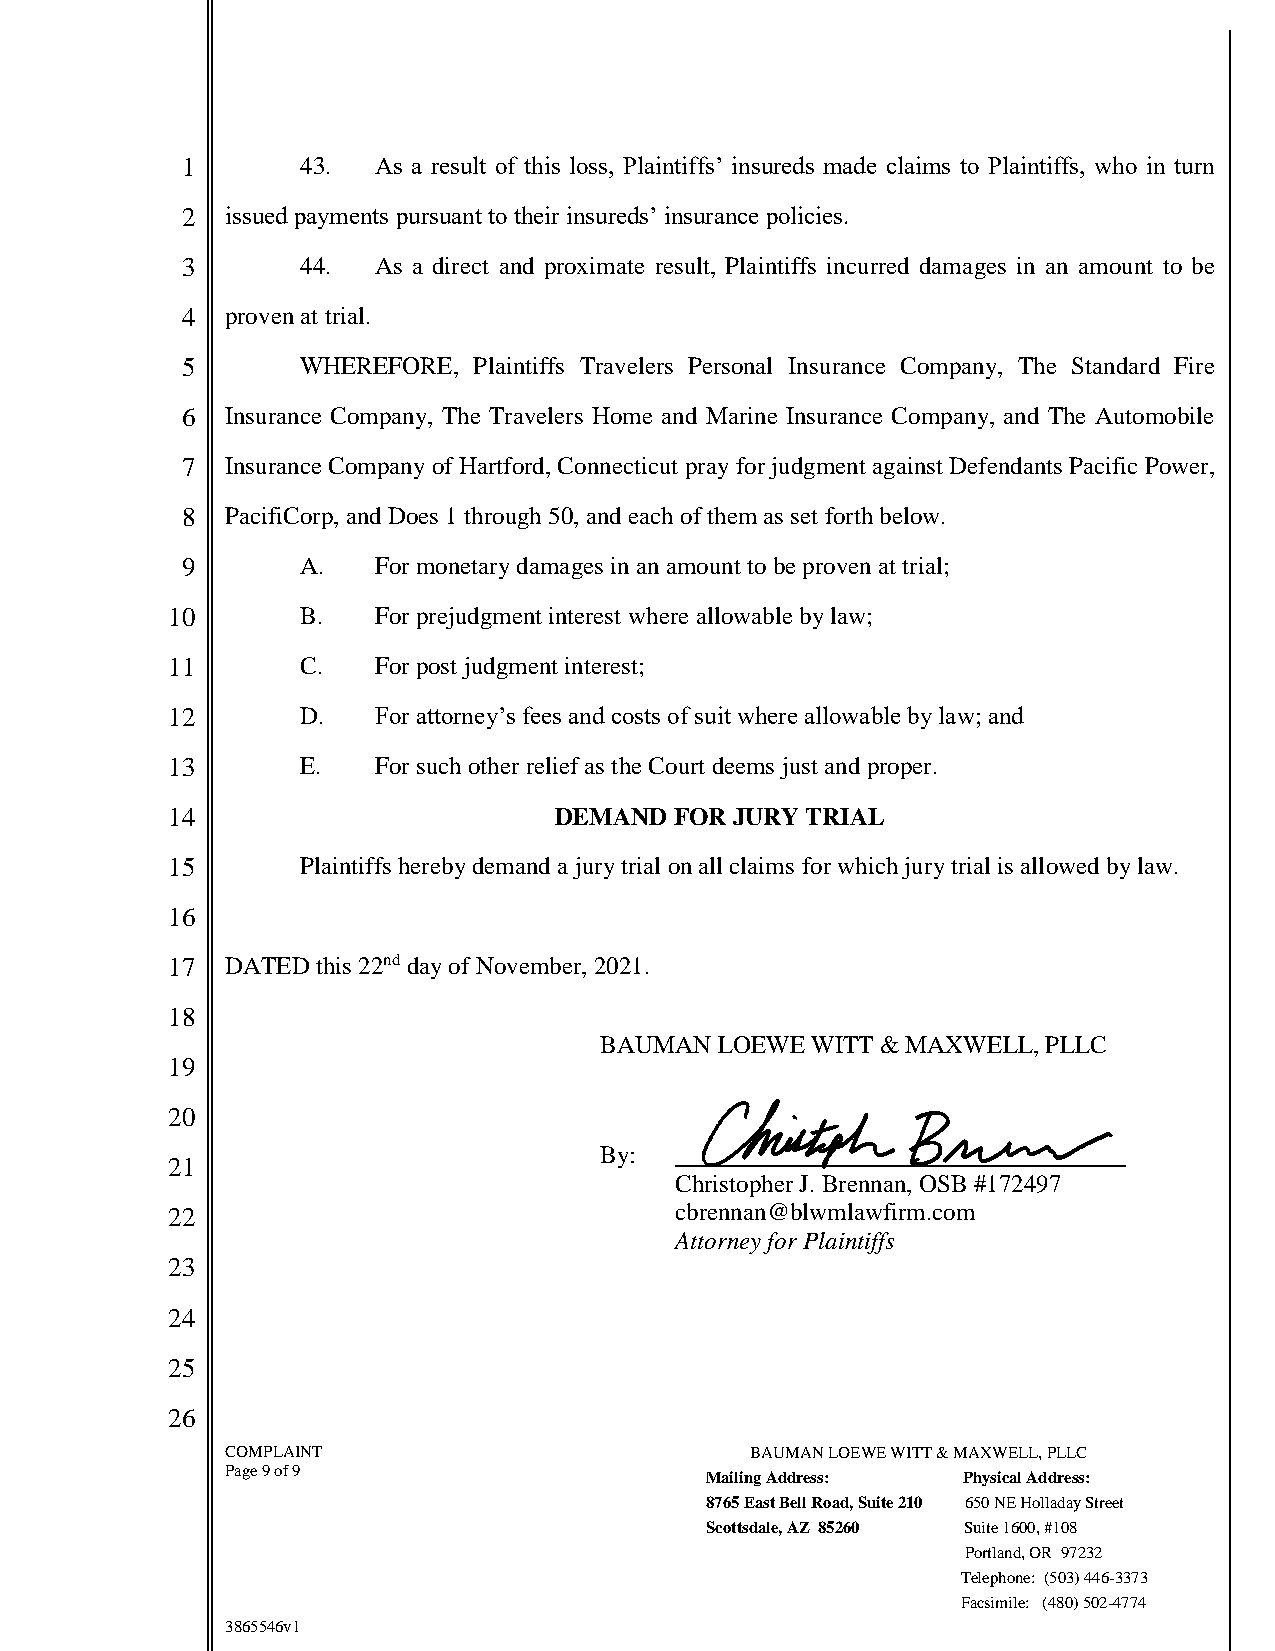
1       43.  As a result of this loss, Plaintiffs’ insureds made claims to Plaintiffs, who in turn
 2  issued payments pursuant to their insureds’ insurance policies.
 3       44.  As a direct and proximate result, Plaintiffs incurred damages in an amount to be
 4  proven at trial.
 5       WHEREFORE, Plaintiffs Travelers Personal Insurance Company, The Standard Fire
 6  Insurance Company, The Travelers Home and Marine Insurance Company, and The Automobile
 7  Insurance Company of Hartford, Connecticut pray for judgment against Defendants Pacific Power,
 8  PacifiCorp, and Does 1 through 50, and each of them as set forth below.
 9       A.   For monetary damages in an amount to be proven at trial;
 10       B.   For prejudgment interest where allowable by law;
 11       C.   For post judgment interest;
 12       D.   For attorney’s fees and costs of suit where allowable by law; and
 13       E.   For such other relief as the Court deems just and proper.
 14                        DEMAND  FOR JURY TRIAL
 15       Plaintiffs hereby demand a jury trial on all claims for which jury trial is allowed by law.
 16
 17  DATED this 22nd day of November, 2021.
 18
 BAUMAN  LOEWE WITT & MAXWELL, PLLC
 19
 20
 By:
 21
 Christopher J. Brennan, OSB #172497
 22                                cbrennan@blwmlawfirm.com
 Attorney for Plaintiffs
 23
 24
 25
 26
 COMPLAINT                          BAUMAN LOEWE WITT & MAXWELL, PLLC
 Page 9 of 9
 Mailing Address: Physical Address:
 8765 East Bell Road, Suite 210 650 NE Holladay Street
 Scottsdale, AZ 85260 Suite 1600, #108
 Portland, OR 97232
 Telephone: (503) 446-3373
 Facsimile: (480) 502-4774
 3865546v1